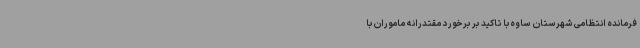
فرمانده انتظامی شهرستان ساوه با تاکید بر برخورد مقتدرانه ماموران با